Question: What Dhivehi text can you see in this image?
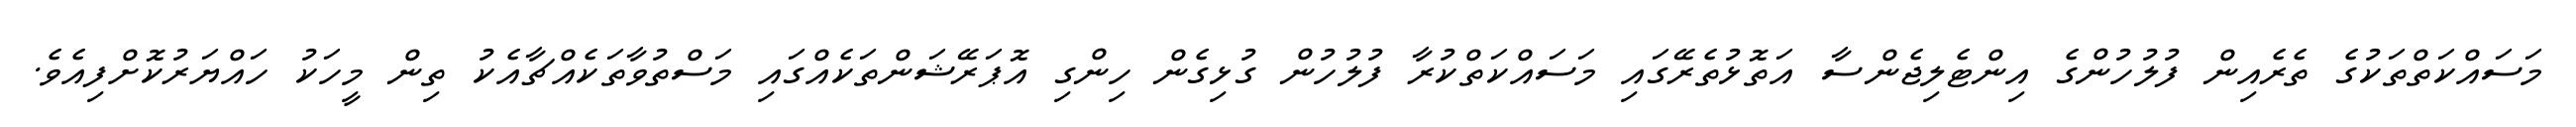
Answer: މަސައްކަތްތަކުގެ ތެރެއިން ފުލުހުންގެ އިންޓެލިޖެންސާ އަތޮޅުތެރޭގައި މަސައްކަތްކުރާ ފުލުހުން ގުޅިގެން ހިންގި އޮޕަރޭޝަންތަކެއްގައި މަސްތުވާތަކެއްޗާއެކު ތިން މީހަކު ހައްޔަރުކޮށްފިއެވެ.